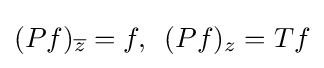
\displaystyle (Pf)_{\overline {z}}=f,\,\,\,(Pf)_{z}=Tf